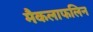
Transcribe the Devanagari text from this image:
मैकलाफलिन